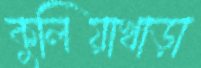
কুলিয়াখাড়া